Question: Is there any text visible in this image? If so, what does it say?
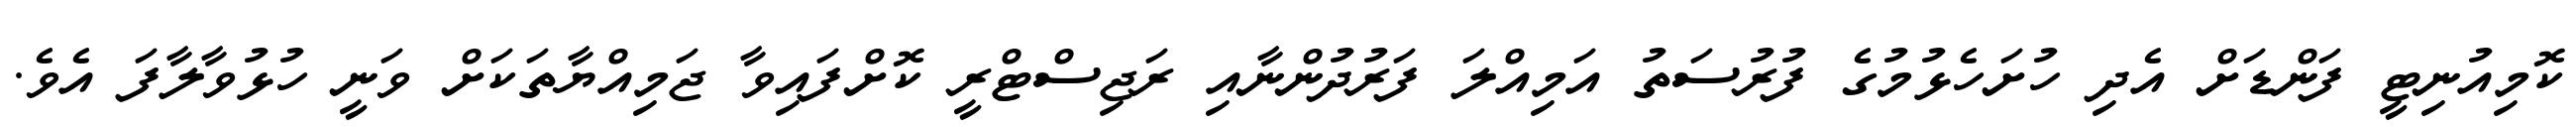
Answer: ކޮމިއުނިޓީ ފަންޑަށް އެދި ހުށަހެޅުމުގެ ފުރުސަތު އަމިއްލަ ފަރުދުންނާއި ރަޖިސްޓްރީ ކޮށްފައިވާ ޖަމިއްޔާތަކަށް ވަނީ ހުޅުވާލާފަ އެވެ.